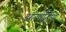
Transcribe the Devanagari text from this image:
अंतर्षाट्रीय